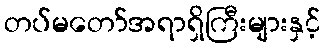
တပ်မတော်အရာရှိကြီးများနှင့်